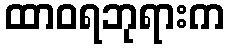
ထာဝရဘုရားက